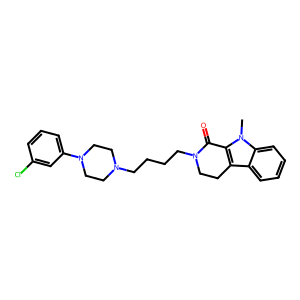
SMILES: Cn1c2c(c3ccccc31)CCN(CCCCN1CCN(c3cccc(Cl)c3)CC1)C2=O
Inhibits HIV replication: No